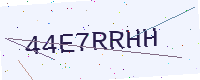
Text: 44E7RRHH